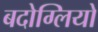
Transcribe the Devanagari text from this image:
बदोग्लियो